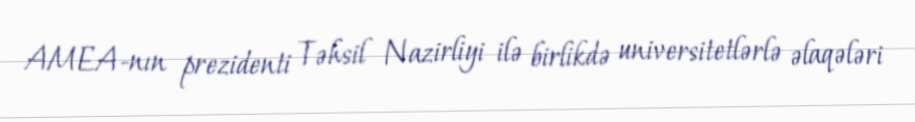
AMEA-nın prezidenti Təhsil Nazirliyi ilə birlikdə universitetlərlə əlaqələri